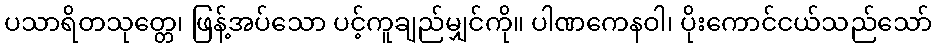
ပသာရိတသုတ္တေ၊ ဖြန့်အပ်သော ပင့်ကူချည်မျှင်ကို။ ပါဏကေနဝါ၊ ပိုးကောင်ငယ်သည်သော်